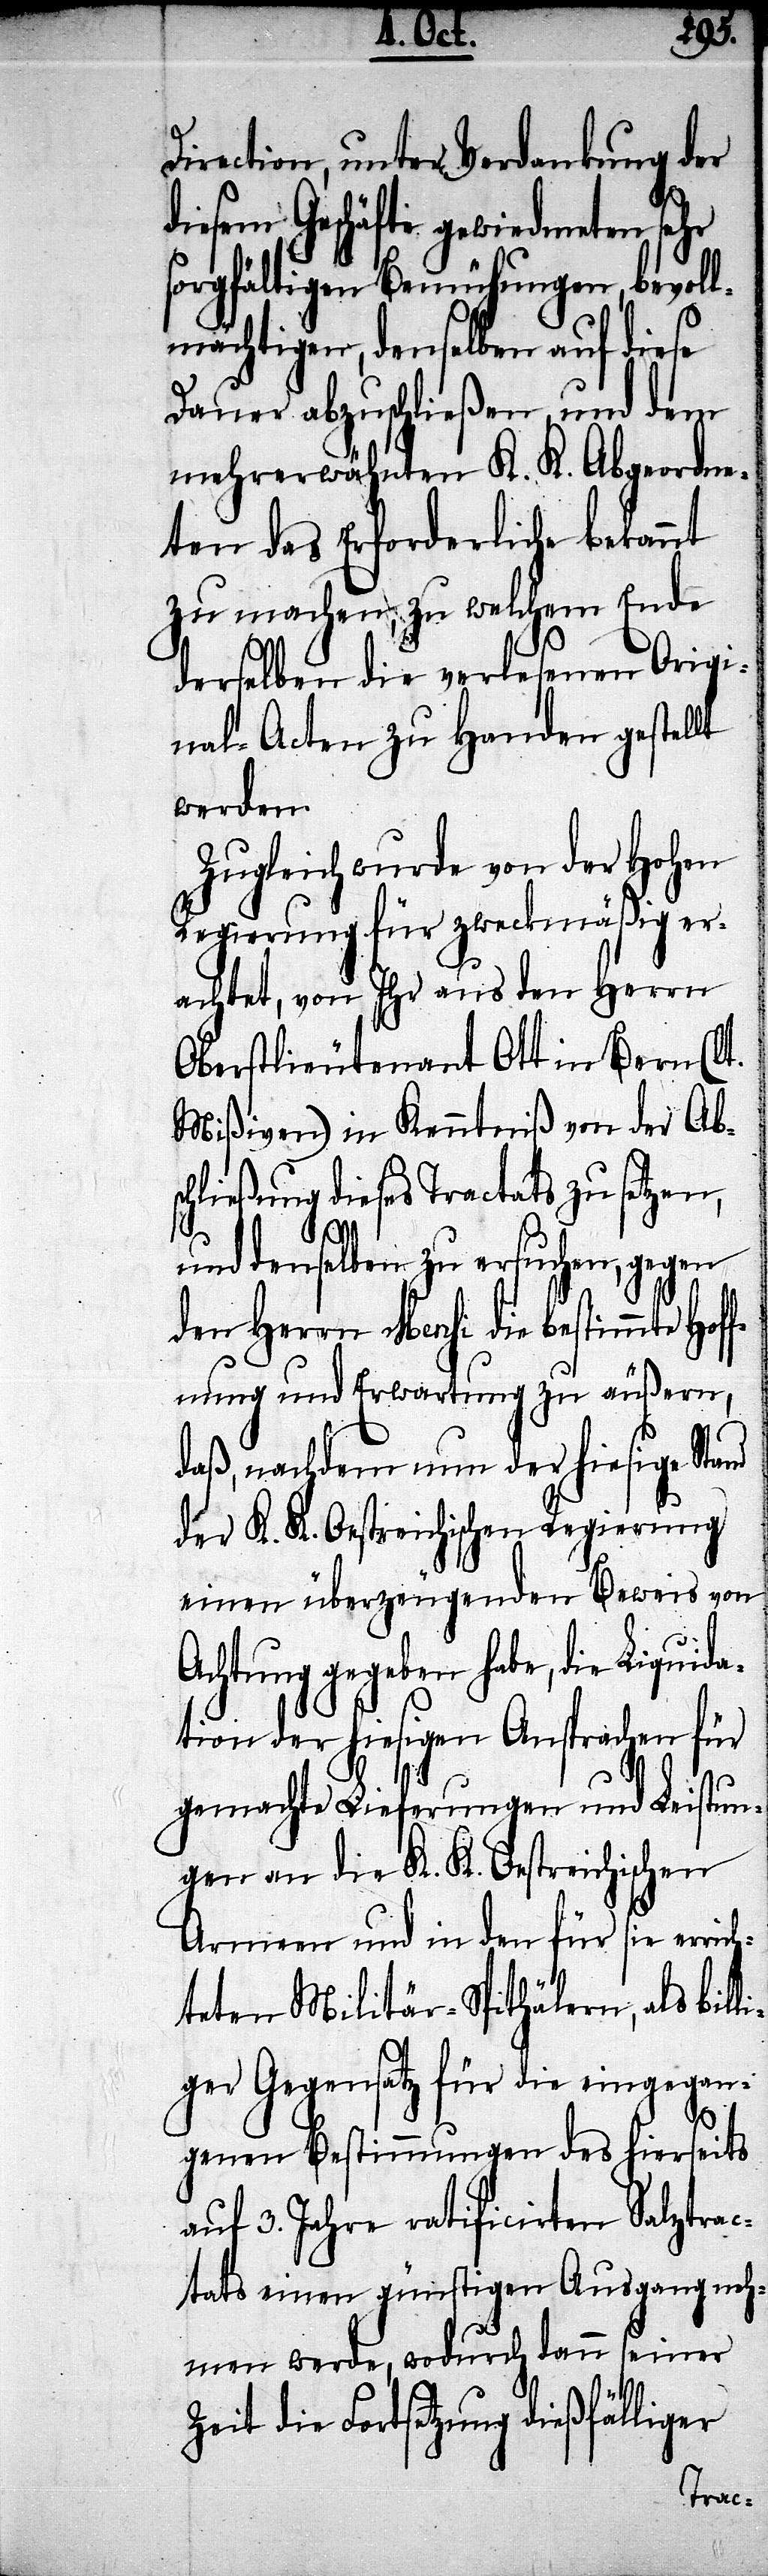
rich¬
Direction, unter Verdankung der
diesem Geschäfte gewiedmeten sehr
sorgfältigen Bemühungen, bevoll¬
mächtigen, denselben auf diese
Dauer abzuschließen, und dem
mehrerwähnten K. K. Abgeordne¬
ten das Erforderliche bekannt
zu machen, zu welchem Ende
derselben die verlesenen Origi¬
nal-Acten zu Handen gestellt
werden.
Zugleich wurde von der Hohen
Regierung für zweckmäßig er¬
achte, von Ihr aus den Herrn
Oberstlieutenant Ott in Bern (lt.
Mißiven) in Kenntniß von der Abs¬
chließung dieses Tractats zu setzen,
und denselben zu ersuchen, gegen
den Herrn Mensi die bestimmte Hof¬
fnung und Erwartung zu äußern,
daß nachdem nun der hiesige
der K. K. Oestreichischen Regierung
einen überzeugenden Beweis von
Achtung gegeben habe, die Liq¬
tion der hiesigen Ansprachen für
gemachte Lieferungen und Leistun¬
gen an die K. K. Oestreichischen
Armeen und in den für sie er¬
teten Militär-Spithälern, als bil¬
iger Gegensatz für die eingegan¬
genen Bestimmungen des hierseits
auf 3. Jahre ratificirten Salztrac¬
tats einen günstigen Ausgang neh¬
men werde, wodurch dann seiner
Zeit die Fortsetzung dießfälliger
l¬